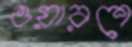
ওয়ারশে